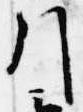
引